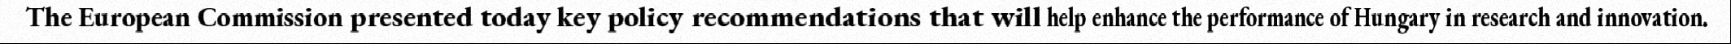
The European Commission presented today key policy recommendations that will help enhance the performance of Hungary in research and innovation.